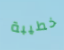
خطيبة